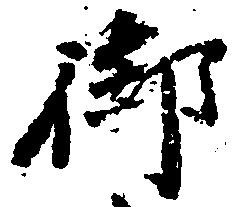
御